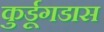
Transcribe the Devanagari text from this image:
कुर्डूगडास